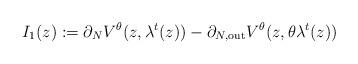
LaTeX: \begin{align*}I_1(z) : =\partial_{N} V^\theta(z, \lambda^t(z)) - \partial_{N,{\rm out}} V^\theta(z,\theta \lambda^t(z)) \end{align*}